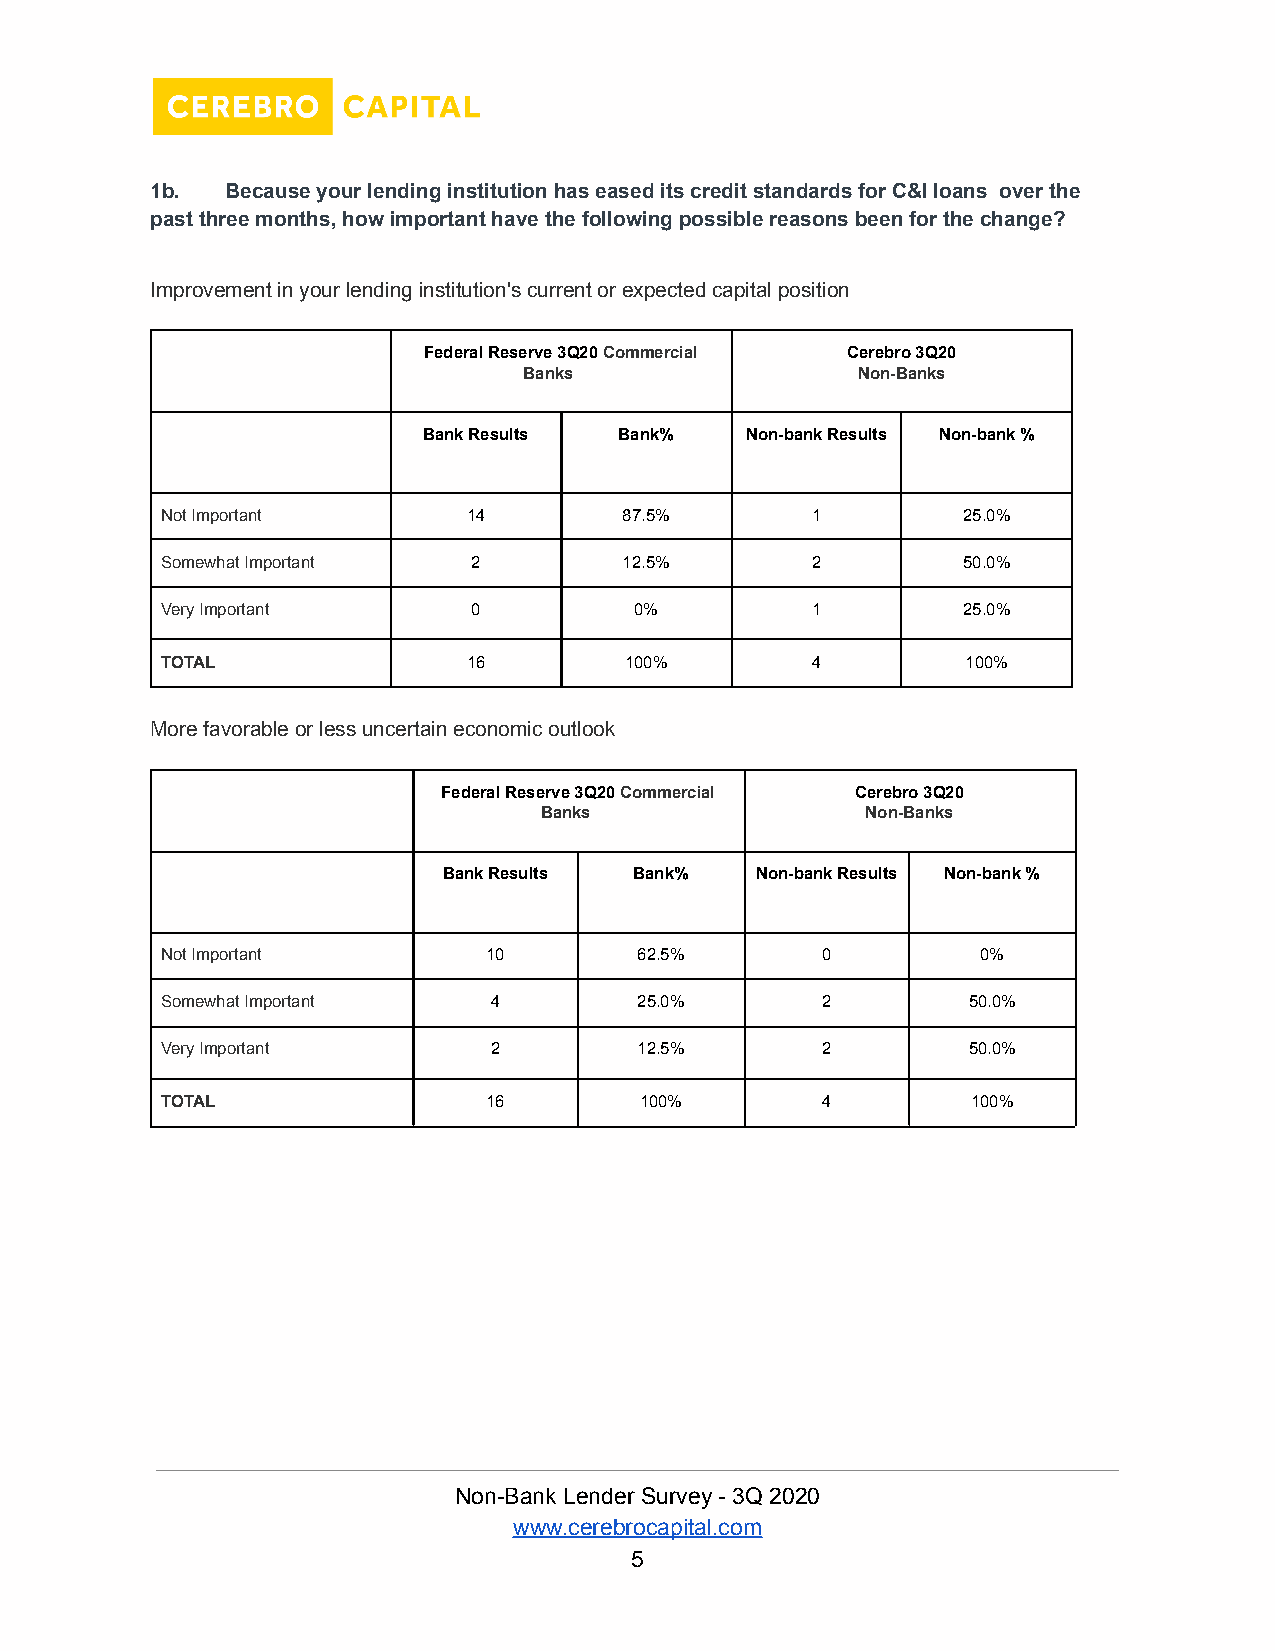
1b.  Because your lending institution has eased its credit standards for C&I loans over the
 past three months, how important have the following possible reasons been for the change?
 Improvement in your lending institution's current or expected capital position
 Federal Reserve 3Q20Commercial Cerebro 3Q20
 Banks                 Non-Banks
 Bank Results Bank%   Non-bank Results Non-bank %
 Not Important       14        87.5%        1         25.0%
 Somewhat Important  2         12.5%        2         50.0%
 Very Important      0          0%          1         25.0%
 TOTAL               16        100%         4         100%
 More favorable or less uncertain economic outlook
 Federal Reserve 3Q20Commercial Cerebro 3Q20
 Banks                Non-Banks
 Bank Results Bank%   Non-bank Results Non-bank %
 Not Important        10        62.5%       0          0%
 Somewhat Important   4         25.0%       2         50.0%
 Very Important       2         12.5%       2         50.0%
 TOTAL                16        100%        4         100%
 Non-Bank Lender Survey - 3Q 2020
 www.cerebrocapital.com
 5